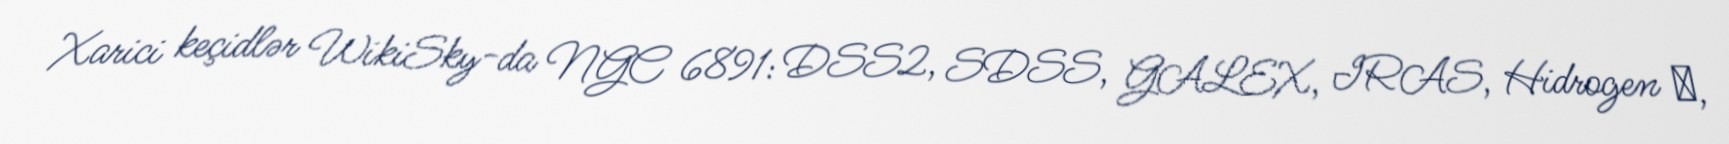
Xarici keçidlər WikiSky-da NGC 6891: DSS2, SDSS, GALEX, IRAS, Hidrogen α,